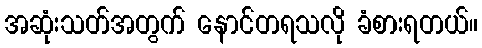
အဆုံးသတ်အတွက် နောင်တရသလို ခံစားရတယ်။